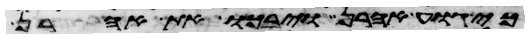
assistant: כי גוע אהרן ויבכו את אהרן